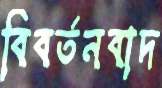
বিবর্তনবাদ